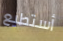
أستطيع